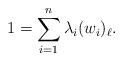
LaTeX: \begin{align*}1 = \sum_{i = 1}^n \lambda_i (w_i)_\ell.\end{align*}